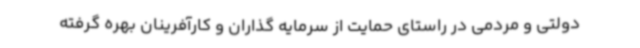
دولتی و مردمی در راستای حمایت از سرمایه گذاران و کارآفرینان بهره گرفته